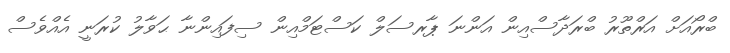
ބްރޯއަށް އަރްތޫރު ބްރަދާސްއިން އަންނަ ޕާރސަލް ކަސްޓަމްއިން ސިފައިންނާ ޙަވާލު ކުރަނީ އެއްވެސް